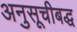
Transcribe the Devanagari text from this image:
अनुसूचीबद्ध